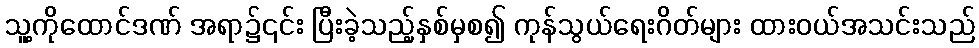
သူ့ကိုထောင်ဒဏ် အရာ၌၎င်း ပြီးခဲ့သည့်နှစ်မှစ၍ ကုန်သွယ်ရေးဂိတ်များ ထားဝယ်အသင်းသည်